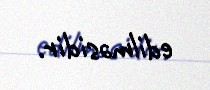
edilməsidir.